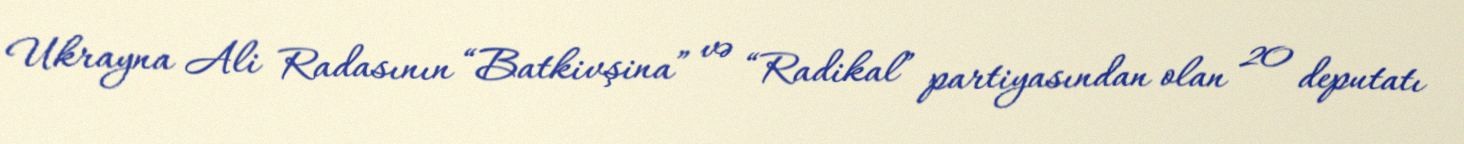
Ukrayna Ali Radasının “Batkivşina” və “Radikal” partiyasından olan 20 deputatı